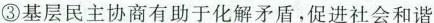
③基层民主协商有助于化解矛盾，促进社会和谐